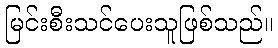
မြင်းစီးသင်ပေးသူဖြစ်သည်။